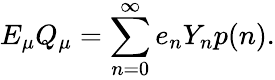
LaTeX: E_{\mu}Q_{\mu}=\sum_{n=0}^{\infty}e_{n}Y_{n}p(n).